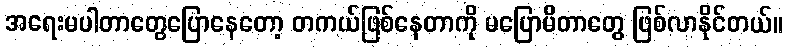
အရေးမပါတာတွေပြောနေတော့ တကယ်ဖြစ်နေတာကို မပြောမိတာတွေ ဖြစ်လာနိုင်တယ်။